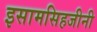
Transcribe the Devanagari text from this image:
इसामसिहजीनी